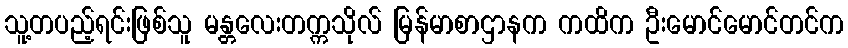
သူ့တပည့်ရင်းဖြစ်သူ မန္တလေးတက္ကသိုလ် မြန်မာစာဌာနက ကထိက ဦးမောင်မောင်တင်က